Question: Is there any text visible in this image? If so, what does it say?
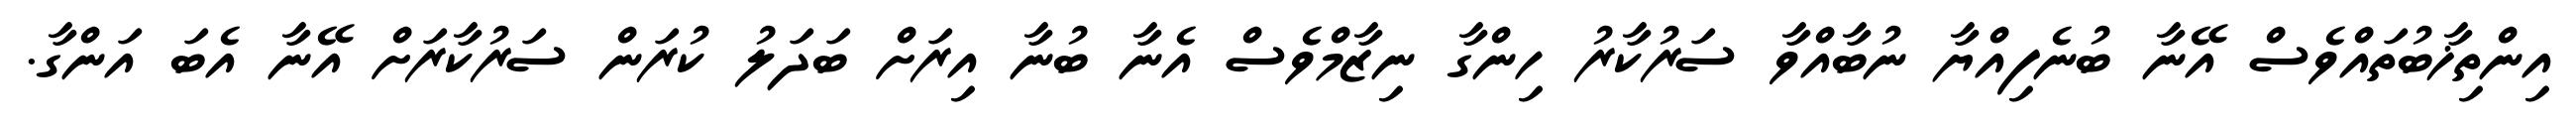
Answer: އިންތިޚާބުތައްވެސް އޭނާ ބުނެފިއްޔާ ނުބާއްވާ ސަރުކާރު ހިންގާ ނިޒާމްވެސް އެނާ ބުނާ އިރަށް ބަދަލު ކުރަން ސަރުކާރަށް އޭނާ އެބަ އަންގާ.